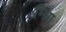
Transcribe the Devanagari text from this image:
म्थ्राि